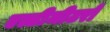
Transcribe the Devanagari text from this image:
एल्टीमीटरों